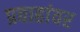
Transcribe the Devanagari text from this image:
प्रवाहांवर